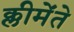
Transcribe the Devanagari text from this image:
क्लीमेंते